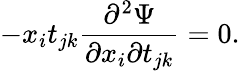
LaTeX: -x_{i}t_{jk}\frac{\partial^{2}\Psi}{\partial x_{i}\partial t_{jk}}=0.